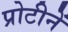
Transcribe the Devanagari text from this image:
प्रोटीनें